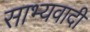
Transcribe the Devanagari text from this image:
साभ्यवादी